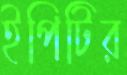
ইপিটির